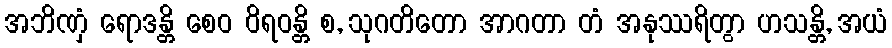
အဘိဏှံ ရောဒန္တိ စေဝ ဝိရဝန္တိ စ, သုဂတိတော အာဂတာ တံ အနုဿရိတွာ ဟသန္တိ, အယံ